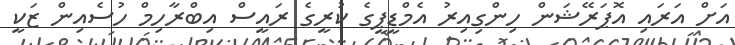
އަށް އަރައި އޮޕަރޭޝަން ހިންގިއިރު އެމްޑީޕީގެ ކުރީގެ ރައީސް އިބްރާހިމް ހުސެއިން ޒަކީ